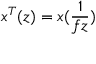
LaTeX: x ^ { T } ( z ) = x ( \frac { 1 } { f z } )